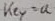
Text: key=a